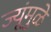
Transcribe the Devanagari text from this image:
ज्यूंमुळे